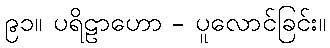
၉၁။ ပရိဠာဟော - ပူလောင်ခြင်း။